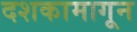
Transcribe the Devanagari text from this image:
दशकामागून